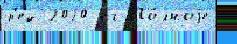
р'ед 2020 кг По́лноjе